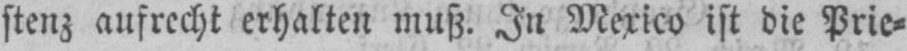
stenz aufrecht erhalten muß. In Mexico ist die Prie⸗